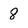
Character: 8